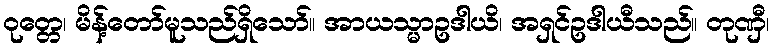
ဝုတ္တေ၊ မိန့်တော်မူသည်ရှိသော်။ အာယသ္မာဥဒါယိ၊ အရှင်ဥဒါယီသည်။ တုဏှီ၊